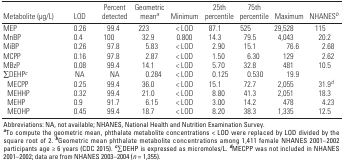
<table><thead><tr><td><b>Metabolite (μg/L)</b></td><td><b>LOD</b></td><td><b>Percent detected</b></td><td><b>Geometric mean<sup><i>a</i></sup></b></td><td><b>Minimum</b></td><td><b>25th percentile</b></td><td><b>75th percentile</b></td><td><b>Maximum</b></td><td><b>NHANES<sup><i>b</i></sup></b></td></tr></thead><tbody><tr><td><b>MEP</b></td><td>0.26</td><td>99.4</td><td>223</td><td>&lt; LOD</td><td>87.1</td><td>525</td><td>29,528</td><td>115</td></tr><tr><td><b>MnBP</b></td><td>0.4</td><td>100</td><td>32.9</td><td>0.800</td><td>14.3</td><td>79.5</td><td>4,043</td><td>20.2</td></tr><tr><td><b>MiBP</b></td><td>0.26</td><td>97.8</td><td>5.83</td><td>&lt; LOD</td><td>2.90</td><td>15.1</td><td>76.6</td><td>2.68</td></tr><tr><td><b>MCPP</b></td><td>0.16</td><td>97.8</td><td>2.87</td><td>&lt; LOD</td><td>1.50</td><td>6.30</td><td>129</td><td>2.62</td></tr><tr><td><b>MBzP</b></td><td>0.08</td><td>99.4</td><td>14.1</td><td>&lt; LOD</td><td>5.70</td><td>32.8</td><td>481</td><td>10.5</td></tr><tr><td><b>∑DEHP<sup><i>c</i></sup></b></td><td>NA</td><td>NA</td><td>0.284</td><td>&lt; LOD</td><td>0.125</td><td>0.530</td><td>19.9</td></tr><tr><td><b>MECPP</b></td><td>0.25</td><td>99.4</td><td>36.0</td><td>&lt; LOD</td><td>15.1</td><td>72.7</td><td>2,055</td><td>31.9<sup><i>d</i></sup></td></tr><tr><td><b>MEHHP</b></td><td>0.32</td><td>99.4</td><td>21.0</td><td>&lt; LOD</td><td>8.80</td><td>41.3</td><td>2,051</td><td>18.3</td></tr><tr><td><b>MEHP</b></td><td>0.9</td><td>91.7</td><td>6.15</td><td>&lt; LOD</td><td>3.00</td><td>14.2</td><td>478</td><td>4.23</td></tr><tr><td><b>MEOHP</b></td><td>0.45</td><td>99.4</td><td>18.7</td><td>&lt; LOD</td><td>8.20</td><td>38.3</td><td>1,335</td><td>12.5</td></tr><tr><td colspan="9">Abbreviations: NA, not available; NHANES, National Health and Nutrition Examination Survey. <sup><i><b>a</b></i></sup>To compute the geometric mean, phthalate metabolite concentrations &lt; LOD were replaced by LOD divided by the square root of 2. <sup><i><b>b</b></i></sup>Geometric mean phthalate metabolite concentrations among 1,411 female NHANES 2001–2002 participants age ≥ 6 years (CDC 2015). <sup><i><b>c</b></i></sup>∑DEHP is expressed as micromoles/L. <sup><i><b>d</b></i></sup>MECPP was not included in NHANES 2001–2002; data are from NHANES 2003–2004 (<i>n </i>= 1,355).</td></tr></tbody></table>